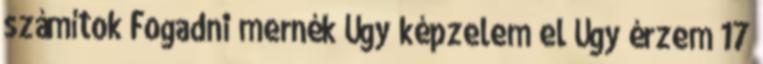
számítok Fogadni mernék Úgy képzelem el Úgy érzem 17